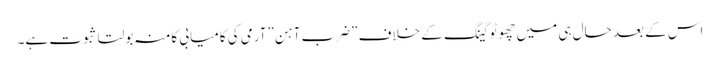
اس کے بعد حال ہی میں چھوٹوگینگ کے خلاف ”ضرب آہن”آرمی کی کامیابی کامنہ بولتا ثبوت ہے۔